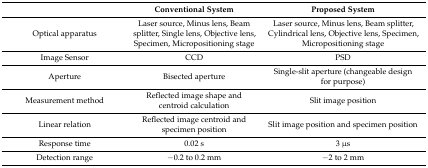
<table><thead><tr><td></td><td><b>Conventional System</b></td><td><b>Proposed System</b></td></tr></thead><tbody><tr><td>Optical apparatus</td><td>Laser source, Minus lens, Beam splitter, Single lens, Objective lens, Specimen, Micropositioning stage</td><td>Laser source, Minus lens, Beam splitter, Cylindrical lens, Objective lens, Specimen, Micropositioning stage</td></tr><tr><td>Image Sensor</td><td>CCD</td><td>PSD</td></tr><tr><td>Aperture</td><td>Bisected aperture</td><td>Single-slit aperture (changeable design for purpose)</td></tr><tr><td>Measurement method</td><td>Reflected image shape and centroid calculation</td><td>Slit image position</td></tr><tr><td>Linear relation</td><td>Reflected image centroid and specimen position</td><td>Slit image position and specimen position</td></tr><tr><td>Response time</td><td>0.02 s</td><td>3 μs</td></tr><tr><td>Detection range </td><td>−0.2 to 0.2 mm </td><td>−2 to 2 mm</td></tr></tbody></table>